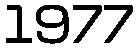
1977